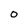
Character: 0